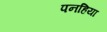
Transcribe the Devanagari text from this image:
पनहिया